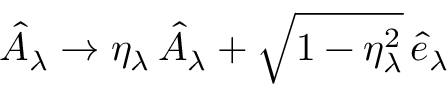
\begin{array} { r } { \hat { A } _ { \lambda } \to \eta _ { \lambda } \, \hat { A } _ { \lambda } + \sqrt { 1 - \eta _ { \lambda } ^ { 2 } } \, \hat { e } _ { \lambda } } \end{array}